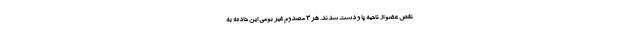
نقص عضو از ناحیه پا و دست شدند. هر ۳ مصدوم غیر بومی این حادثه به